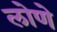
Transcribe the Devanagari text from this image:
लोणे